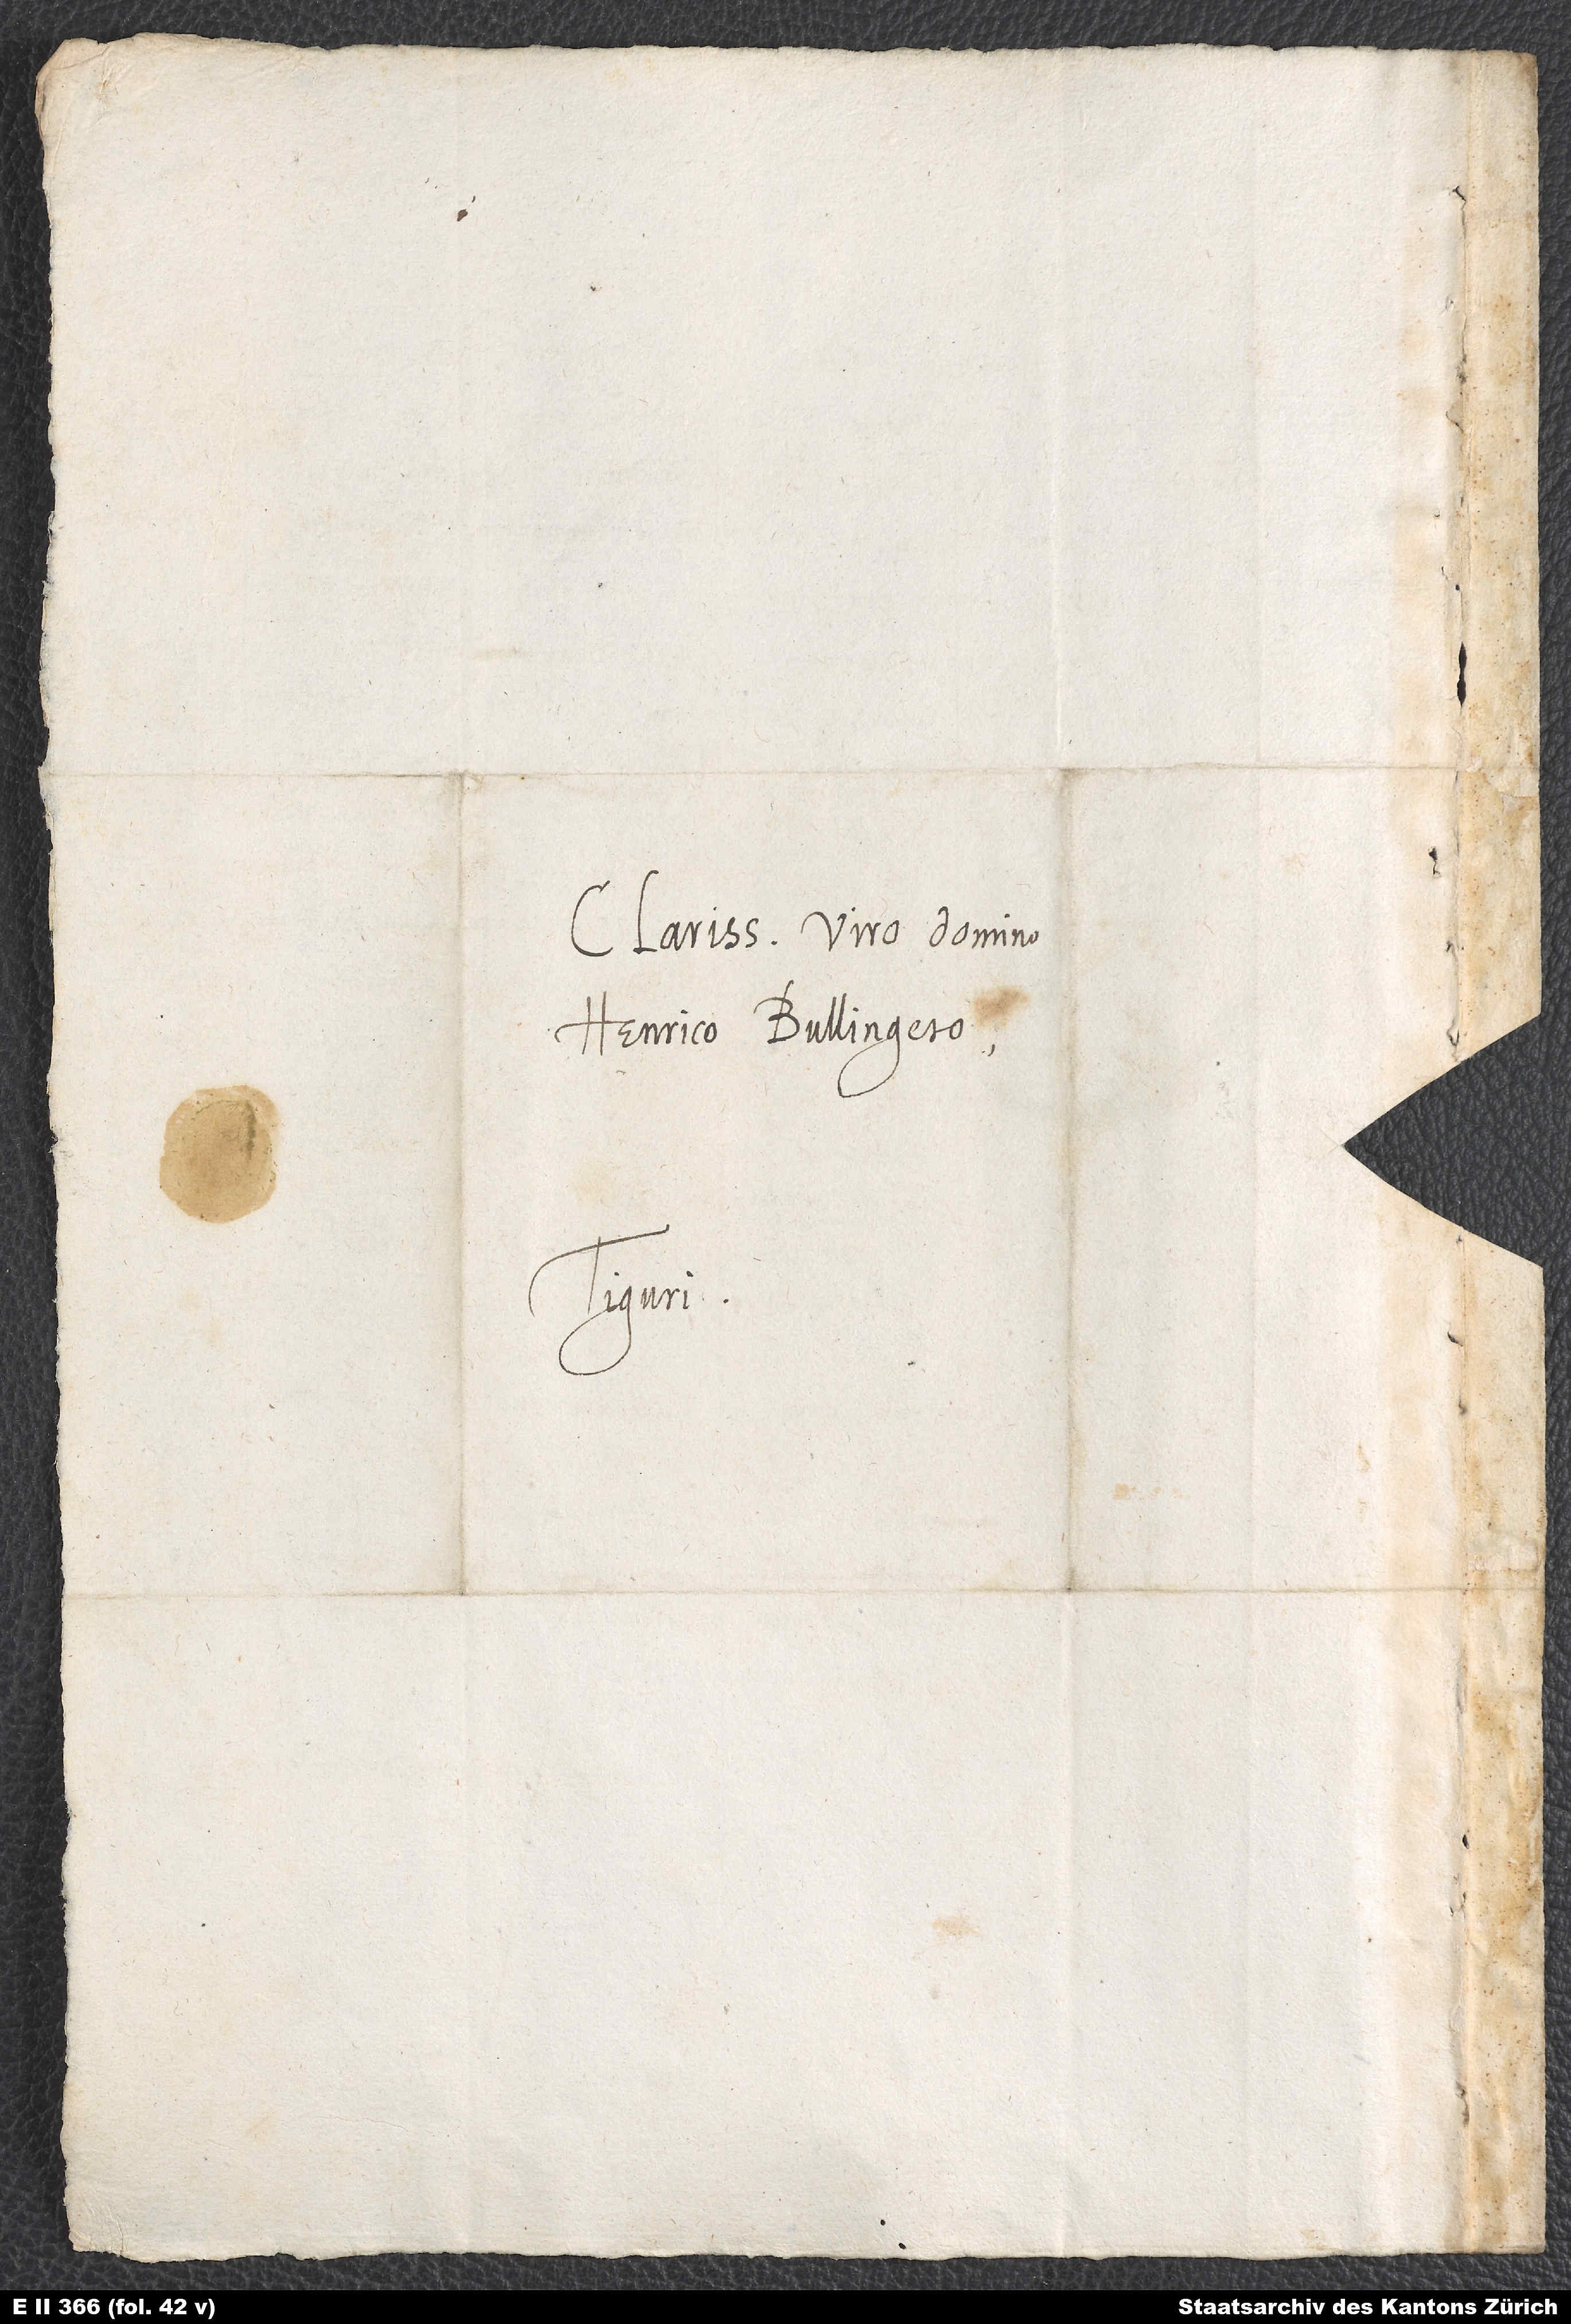
Clarissimo viro domino
Henrico Bullingero.
Tiguri.